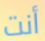
أنت